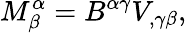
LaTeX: M_{\beta}^{\alpha}=B^{\alpha\gamma}V_{,\gamma\beta},